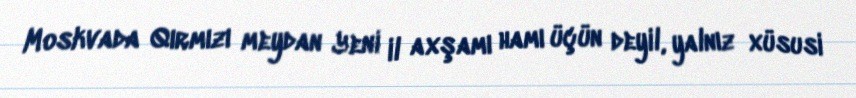
Moskvada Qırmızı meydan Yeni il axşamı hamı üçün deyil, yalnız xüsusi